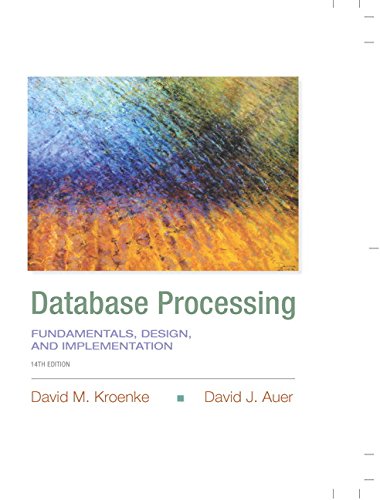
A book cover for Database Processing: Fundamentals, Design, and Implementation (14th Edition) (Prentice-Hall Adult Education); David M. Kroenke; Education & Teaching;